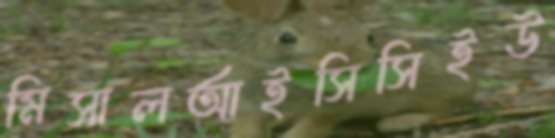
মিসালআইসিসিইউ